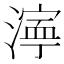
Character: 𬈿